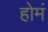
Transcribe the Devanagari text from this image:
होमं